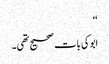
‘‘
ابوکی بات صحیح تھی۔